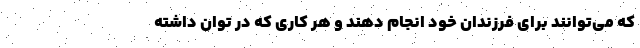
که می‌توانند برای فرزندان خود انجام دهند و هر کاری که در توان داشته